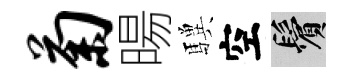
菊暘驥空鬢